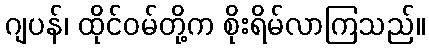
ဂျပန်၊ ထိုင်ဝမ်တို့က စိုးရိမ်လာကြသည်။